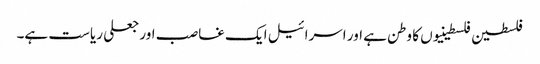
فلسطین فلسطینیوں کا وطن ہے اور اسرائیل ایک غاصب اور جعلی ریاست ہے۔